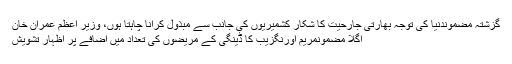
گزشتہ مضموندنیا کی توجہ بھارتی جارحیت کا شکار کشمیریوں کی جانب سے مبذول کرانا چاہتا ہوں، وزیر اعظم عمران خان
اگلا مضمونمریم اورنگزیب کا ڈینگی کے مریضوں کی تعداد میں اضافے پر اظہار تشویش